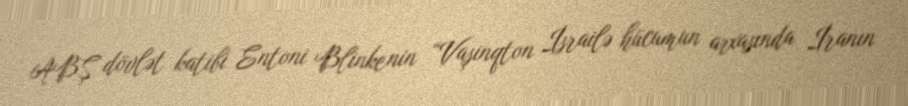
ABŞ dövlət katibi Entoni Blinkenin “Vaşinqton İsrailə hücumun arxasında İranın